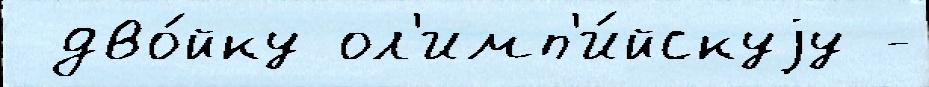
 дво́йку ол'имп'и́йскуjу -